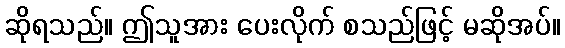
ဆိုရသည်။ ဤသူအား ပေးလိုက် စသည်ဖြင့် မဆိုအပ်။